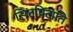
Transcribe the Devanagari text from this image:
सिटपिटाति